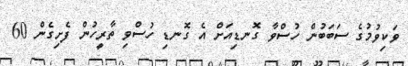
ވަކިވުމުގެ ސަބަބުން ހުސްވާ ގޮނޑިއަށް އެ ގޮނޑި ހުސްވި ތާރީހުން ފެށިގެން 60